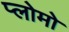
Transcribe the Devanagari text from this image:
प्लोमो